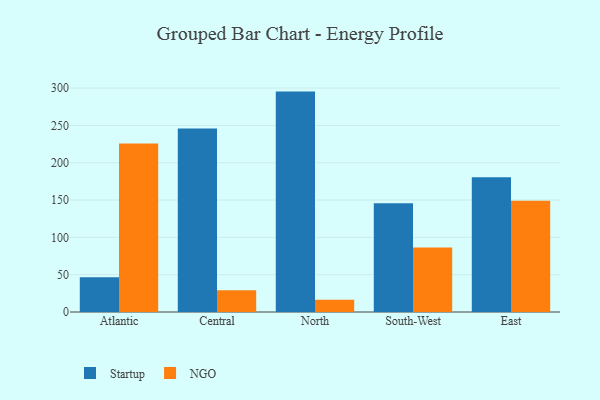
{"axis": {"x": "Region", "y": "Active Users"}, "legend": ["NGO", "Startup"], "data": [{"x": "Atlantic", "y": 46.5, "type": "Startup"}, {"x": "Atlantic", "y": 225.8, "type": "NGO"}, {"x": "Central", "y": 245.8, "type": "Startup"}, {"x": "Central", "y": 29.2, "type": "NGO"}, {"x": "North", "y": 295.3, "type": "Startup"}, {"x": "North", "y": 16.5, "type": "NGO"}, {"x": "South-West", "y": 145.8, "type": "Startup"}, {"x": "South-West", "y": 86.4, "type": "NGO"}, {"x": "East", "y": 180.4, "type": "Startup"}, {"x": "East", "y": 149.0, "type": "NGO"}]}